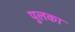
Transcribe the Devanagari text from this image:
पुलका